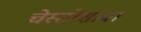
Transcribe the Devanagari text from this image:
चेस्टोशोवा